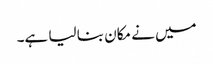
میں نے مکان بنا لیا ہے۔